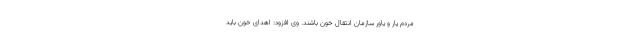
مردم یار و یاور سازمان انتقال خون باشند. وی افزود: اهدای خون باید